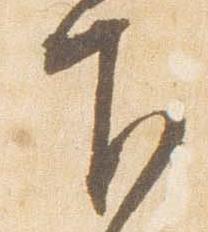
下